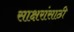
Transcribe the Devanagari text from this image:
साक्षरांसाठी